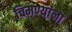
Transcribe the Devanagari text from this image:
चिमण्यांना